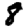
Digit: 8